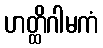
ဟတ္ထိဂါမကံ